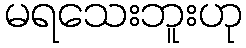
မရသေးဘူးဟု